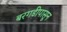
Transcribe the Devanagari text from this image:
बरगडीपासून